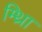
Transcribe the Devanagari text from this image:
म्थ्राि